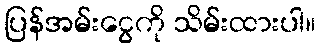
ပြန်အမ်းငွေကို သိမ်းထားပါ။